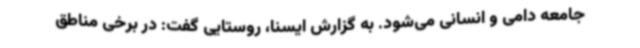
جامعه دامی و انسانی می‌شود. به گزارش ایسنا، روستایی گفت: در برخی مناطق